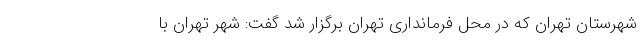
شهرستان تهران که در محل فرمانداری تهران برگزار شد گفت: شهر تهران با